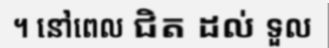
។ នៅពេល ជិត ដល់ ទួល